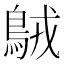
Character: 𪀚